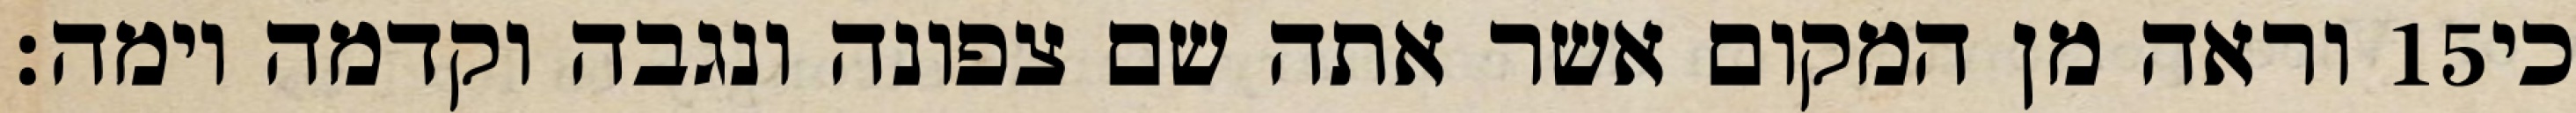
וראה מן המקום אשר אתה שם צפונה ונגבה וקדמה וימה׃ ‎15‏ כי